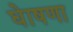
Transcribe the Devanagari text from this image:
घेाषणा